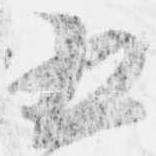
五